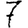
Digit: 7